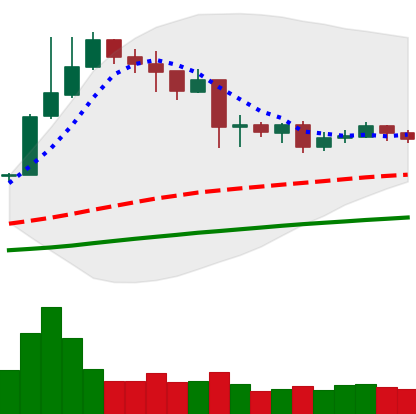
Ticker: NEO-USD
Chart end date: 2019-04-20
Forward return: -12.628%
Label: down_7plus